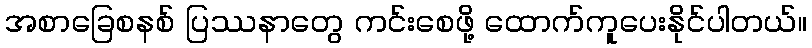
အစာခြေစနစ် ပြဿနာတွေ ကင်းစေဖို့ ထောက်ကူပေးနိုင်ပါတယ်။